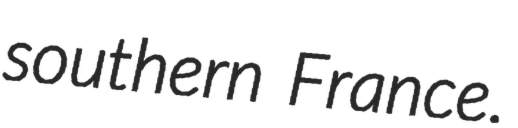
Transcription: southern France.